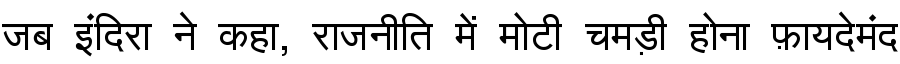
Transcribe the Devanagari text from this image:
जब इंदिरा ने कहा, राजनीति में मोटी चमड़ी होना फ़ायदेमंद